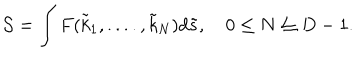
LaTeX: { \cal S } = \int F ( { \tilde { k } } _ { 1 } , . . . . , { \tilde { k } } _ { N } ) d { \tilde { s } } , \quad 0 \leq N \leq D - 1 .